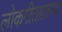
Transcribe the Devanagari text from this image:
लोकगीतातल्या